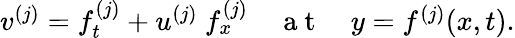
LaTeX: \begin{array}{r}{v^{(j)}=f_{t}^{(j)}+u^{(j)}~f_{x}^{(j)}~~~~\mathrm{~a~t~}~~~~y=f^{(j)}(x,t).}\end{array}